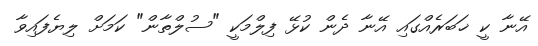
އޭނާ ކީ ޚަބަރެއްގައި އޭނާ ދެން ކުޅޭ ފިލްމަކީ "ސުލްތާން" ކަމަށް ލިޔެފައިވާ